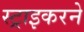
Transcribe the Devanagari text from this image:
स्ट्राइकरने